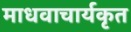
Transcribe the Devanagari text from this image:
माधवाचार्यकृत